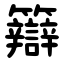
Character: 䉸